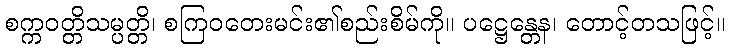
စက္ကဝတ္တိသမ္ပတ္တိ၊ စကြဝတေးမင်း၏စည်းစိမ်ကို။ ပဋ္ဌေန္တေန၊ တောင့်တသဖြင့်။